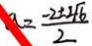
a = \frac { - 2 \pm 2 \sqrt { 6 } } { 2 }